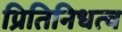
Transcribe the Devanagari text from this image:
प्रितिनिधत्व